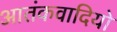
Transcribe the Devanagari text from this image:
आतंकवादियो